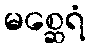
မစ္ဆေရံ